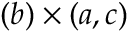
( b ) \times ( a , c )